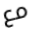
مع